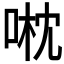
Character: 𠶍